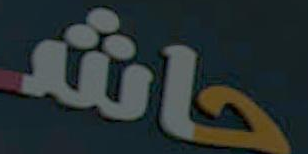
حاش